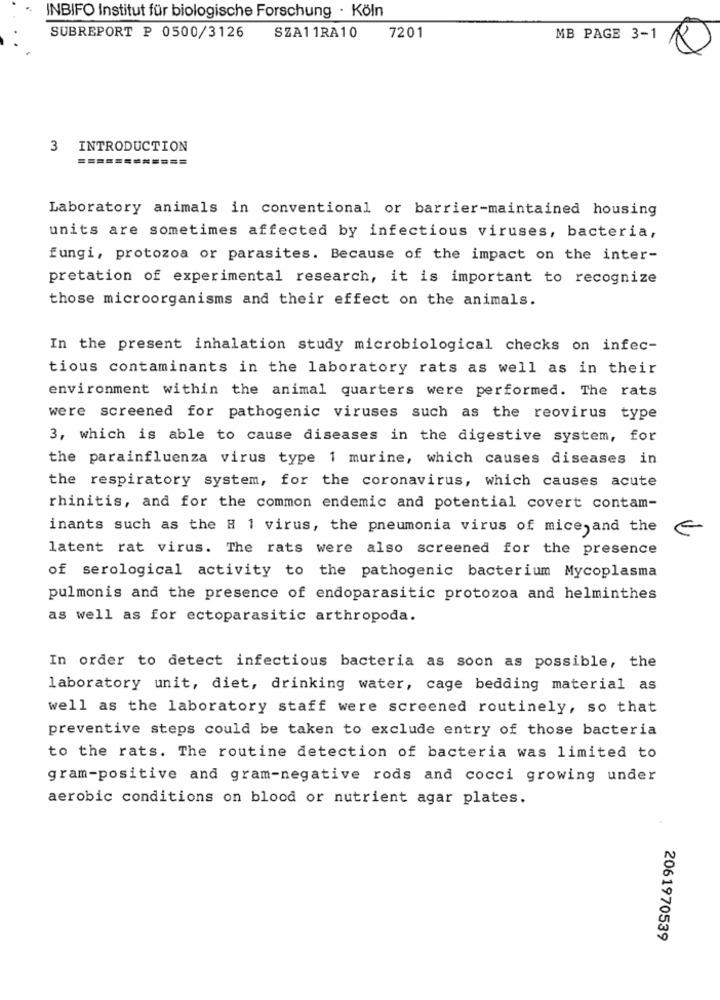
INBIFO Institut für biologische Forschung · Köln
SUBREPORT P 0500/3126
SZA11RA10
7201
MB PAGE 3-1
3
INTRODUCTION
=========
====
Laboratory animals in conventional or barrier-maintained housing
units are sometimes affected by infectious viruses, bacteria,
fungi, protozoa or parasites. Because of the impact on the inter-
pretation of experimental research, it is important to recognize
those microorganisms and their effect on the animals.
In the present inhalation study microbiological checks on infec-
tious contaminants in the laboratory rats as well as in their
environment within the animal quarters were performed. The rats
were screened for pathogenic viruses such as the reovirus type
3, which is able to cause diseases in the digestive system, for
the parainfluenza virus type 1 murine, which causes diseases in
the respiratory system, for the coronavirus, which causes acute
rhinitis, and for the common endemic and potential covert contam-
inants such as the # 1 virus, the pneumonia virus of mice, and the
latent rat virus. The rats were also screened for the presence
of serological activity to the pathogenic bacterium Mycoplasma
pulmonis and the presence of endoparasitic protozoa and helminthes
as well as for ectoparasitic arthropoda.
In order to detect infectious bacteria as soon as possible, the
laboratory unit, diet, drinking water, cage bedding material as
well as the laboratory staff were screened routinely, so that
preventive steps could be taken to exclude entry of those bacteria
to the rats. The routine detection of bacteria was limited to
gram-positive and gram-negative rods and cocci growing under
aerobic conditions on blood or nutrient agar plates.
2061970539